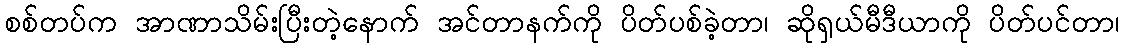
စစ်တပ်က အာဏာသိမ်းပြီးတဲ့နောက် အင်တာနက်ကို ပိတ်ပစ်ခဲ့တာ၊ ဆိုရှယ်မီဒီယာကို ပိတ်ပင်တာ၊